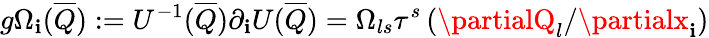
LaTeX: g\Omega_{\mathbf{i}}(\overline{{{Q}}}):=U^{-1}(\overline{{{Q}}})\partial_{\mathbf{i}}U(\overline{{{Q}}})=\Omega_{ls}\tau^{s}\left(\partialQ_{l}/\partialx_{\mathbf{i}}\right)